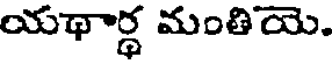
యథార్థ మంతియె.